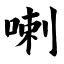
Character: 喇